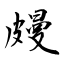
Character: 㿸